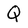
Character: Q